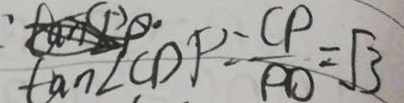
\tan \angle C D P = \frac { C P } { P O } = \sqrt { 3 }